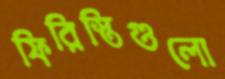
ফিরিস্তিগুলো